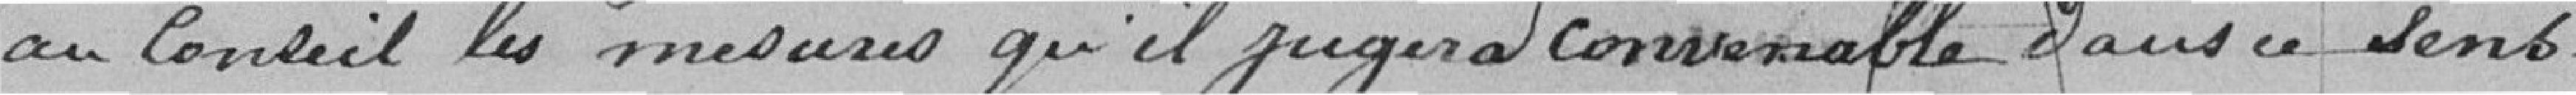
au Conseil les mesures qu'il jugera convenable dans ce sens.